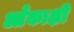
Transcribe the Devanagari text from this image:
आँकाक्षी